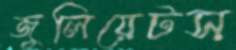
জুলিয়েটস